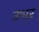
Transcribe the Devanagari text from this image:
उभऱ